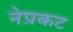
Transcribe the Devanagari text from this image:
नेप्रकट